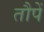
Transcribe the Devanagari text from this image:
तौपें